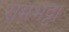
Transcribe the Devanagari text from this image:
रामभट्ट।